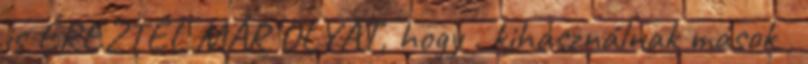
is ÉREZTÉL MÁR OLYAT, hogy . kihasználnak mások ,